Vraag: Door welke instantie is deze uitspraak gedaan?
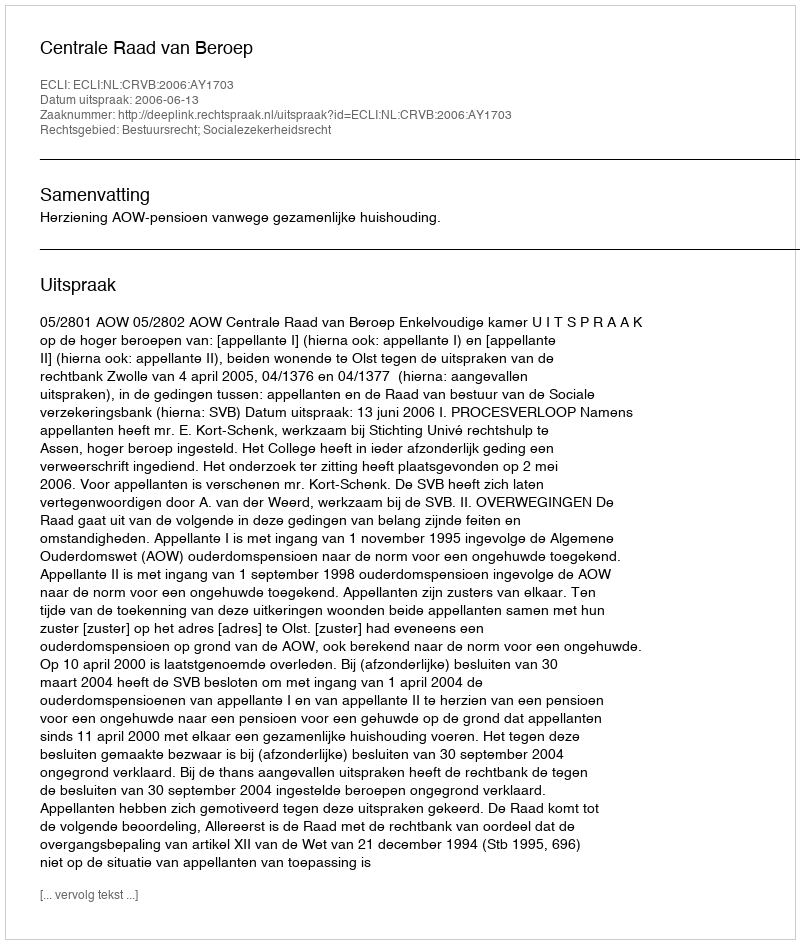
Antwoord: Centrale Raad van Beroep